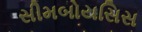
સીમબોયસિસ